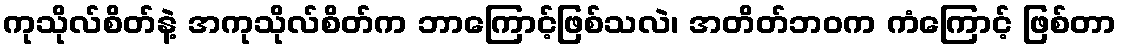
ကုသိုလ်စိတ်နဲ့ အကုသိုလ်စိတ်က ဘာကြောင့်ဖြစ်သလဲ၊ အတိတ်ဘဝက ကံကြောင့် ဖြစ်တာ